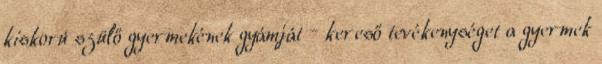
kiskorú szülő gyermekének gyámját – kereső tevékenységet a gyermek